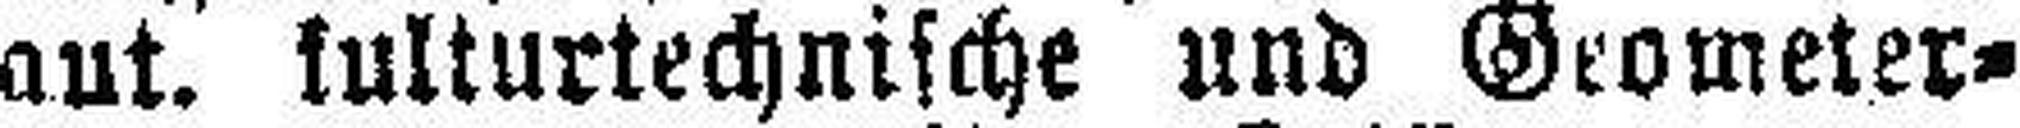
aut. kulturtechnische und Geometer¬